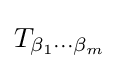
T_{\beta _{1}\cdots \beta _{m}}